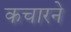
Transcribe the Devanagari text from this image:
कचारने